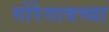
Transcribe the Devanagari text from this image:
गोरेगावच्या